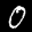
Label: 0